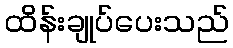
ထိန်းချုပ်ပေးသည်